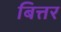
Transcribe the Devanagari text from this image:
बित्तर